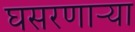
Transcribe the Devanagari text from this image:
घसरणाऱ्या